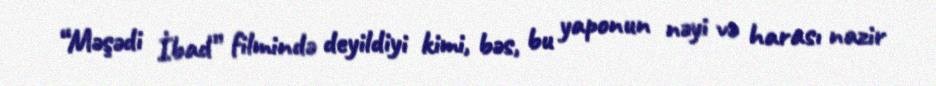
“Məşədi İbad” filmində deyildiyi kimi, bəs, bu yaponun nəyi və harası nazir